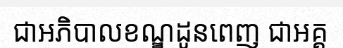
ជាអភិបាលខណ្ឌដូនពេញ ជាអគ្គ